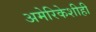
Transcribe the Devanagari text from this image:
अमेरिकेशीही